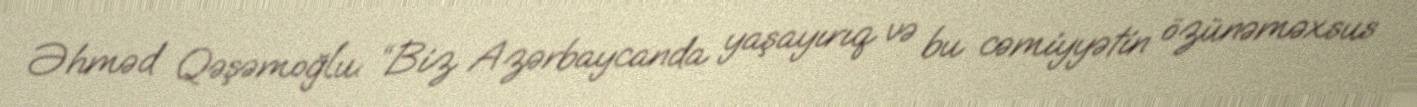
Əhməd Qəşəmoğlu: “Biz Azərbaycanda yaşayırıq və bu cəmiyyətin özünəməxsus